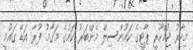
މިހާރު ޖުމްހޫރީ ޕާޓީގެ ކައުންސިލް މެންބަރު ކަމުގެ މަގާމު ފުރާ އަޑޭ ގައުމީ